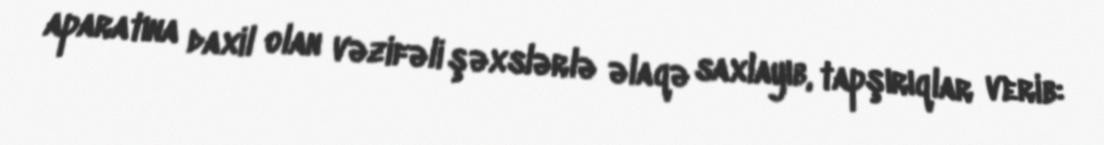
aparatına daxil olan vəzifəli şəxslərlə əlaqə saxlayıb, tapşırıqlar verib: